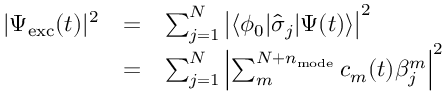
\begin{array} { c c l } { | \Psi _ { \mathrm { e x c } } ( t ) | ^ { 2 } } & { = } & { \sum _ { j = 1 } ^ { N } \left| \langle \phi _ { 0 } | \hat { \sigma } _ { j } | \Psi ( t ) \rangle \right| ^ { 2 } } \\ & { = } & { \sum _ { j = 1 } ^ { N } \left| \sum _ { m } ^ { N + n _ { \mathrm { m o d e } } } c _ { m } ( t ) \beta _ { j } ^ { m } \right| ^ { 2 } } \end{array}